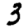
Digit: 3